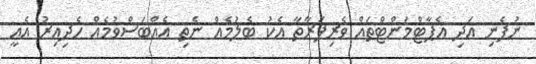
ނުފެނި އަދި އެޕާޓްމަންޓްތައް ވެރިފަރާތާ އެކު ބެލުމެއް ނެތި އެއްބަސްވުމެއް ހެދިއިރު އެއީ